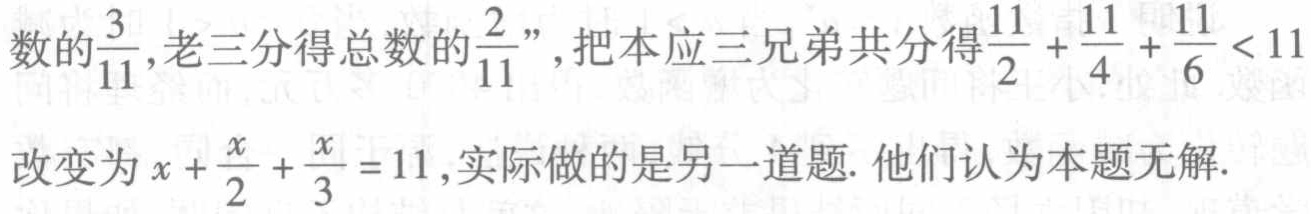
数的$\frac{3}{11}$, 老三分得总数的$\frac{2}{11}$”，把本应三兄弟共分得$\frac{11}{2}+\frac{11}{4}+\frac{11}{6}<11$

改变为$x + \frac{x}{2}+\frac{x}{3}=11$, 实际做的是另一道题. 他们认为本题无解.